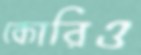
কোরিও